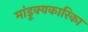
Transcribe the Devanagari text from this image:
मांडूक्यकारिका